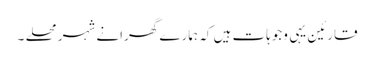
قارئین یہی وجوہات ہیں کہ ہمارے گھرانے شہر محلے ۔